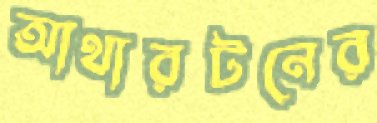
আথারটনের